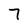
Character: 7